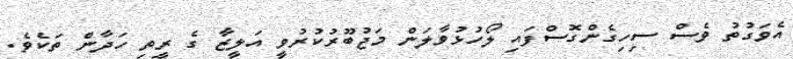
އެވަގުތު ވެސް ސިހިގެންގޮސްފައި ލޯހުޅުވާލަން މަޖުބޫރުކުރުވީ އަލީޒާ ގެ ރީތި ހަދާން ތަކެވެ.